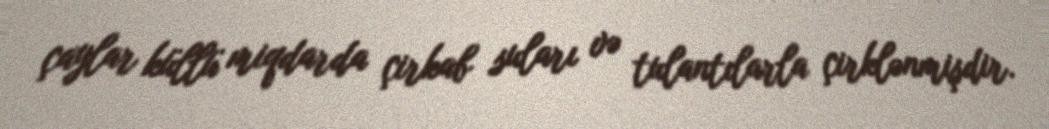
çaylar küllü miqdarda çirkab suları və tulantılarla çirklənmişdir.